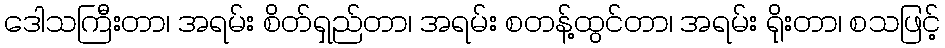
ဒေါသကြီးတာ၊ အရမ်း စိတ်ရှည်တာ၊ အရမ်း စတန့်ထွင်တာ၊ အရမ်း ရိုးတာ၊ စသဖြင့်